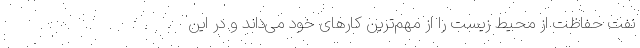
نفت حفاظت از محیط زیست را از مهم‌ترین کارهای خود می‌داند و در این